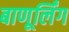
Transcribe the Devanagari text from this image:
बाणूर्लिंग